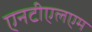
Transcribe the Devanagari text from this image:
एनटीएलएम